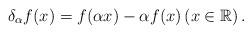
LaTeX: \begin{align*} \delta_{\alpha}f(x)=f(\alpha x)-\alpha f(x) \left(x\in \mathbb{R}\right). \end{align*}